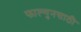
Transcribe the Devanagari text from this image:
फाल्गुनसाठी